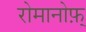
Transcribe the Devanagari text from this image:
रोमानोफ़्